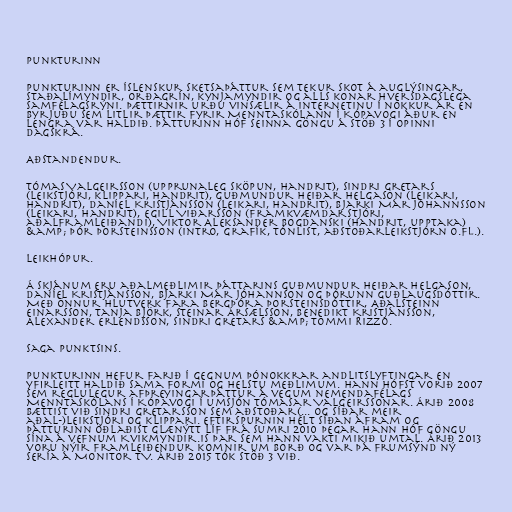
Punkturinn

Punkturinn er íslenskur sketsaþáttur sem tekur skot á auglýsingar,
staðalímyndir, orðagrín, kynjamyndir og alls konar hversdagslega
samfélagsrýni. Þættirnir urðu vinsælir á internetinu í nokkur ár en
byrjuðu sem litlir þættir fyrir Menntaskólann í Kópavogi áður en
lengra var haldið. Þátturinn hóf seinna göngu á Stöð 3 í opinni
dagskrá.

Aðstandendur.

Tómas Valgeirsson (upprunaleg sköpun, handrit), Sindri Gretars
(leikstjóri, klippari, handrit), Guðmundur Heiðar Helgason (leikari,
handrit), Daníel Kristjánsson (leikari, handrit), Bjarki Már Jóhannsson
(leikari, handrit), Egill Viðarsson (framkvæmdarstjóri,
aðalframleiðandi), Viktor Aleksander Bogdanski (handrit, upptaka)
&amp; Þór Þorsteinsson (intro, grafík, tónlist, aðstoðarleikstjórn o.fl.).

Leikhópur.

Á skjánum eru aðalmeðlimir þáttarins Guðmundur Heiðar Helgason,
Daníel Kristjánsson, Bjarki Már Jóhannson og Þórunn Guðlaugsdóttir.
Með önnur hlutverk fara Bergþóra Þorsteinsdóttir, Aðalsteinn
Einarsson, Tanja Björk, Steinar Ársælsson, Benedikt Kristjánsson,
Alexander Erlendsson, Sindri Gretars &amp; Tommi Rizzo.

Saga Punktsins.

Punkturinn hefur farið í gegnum þónokkrar andlitslyftingar en
yfirleitt haldið sama formi og helstu meðlimum. Hann hófst vorið 2007
sem reglulegur afþreyingarþáttur á vegum nemendafélags
Menntaskólans í Kópavogi í umsjón Tómasar Valgeirssonar. Árið 2008
bættist við Sindri Gretarsson sem aðstoðar(... og síðar meir
aðal-)leikstjóri og klippari. Eftirspurnin hélt síðan áfram og
þátturinn öðlaðist glænýtt líf frá sumri 2010 þegar hann hóf göngu
sína á vefnum Kvikmyndir.is þar sem hann vakti mikið umtal. Árið 2013
voru nýir framleiðendur komnir um borð og var þá frumsýnd ný
sería á Monitor TV. Árið 2015 tók Stöð 3 við.